Rangoon Lunatic Asylum 1893-1897 - 1893-1897
Year: 1893
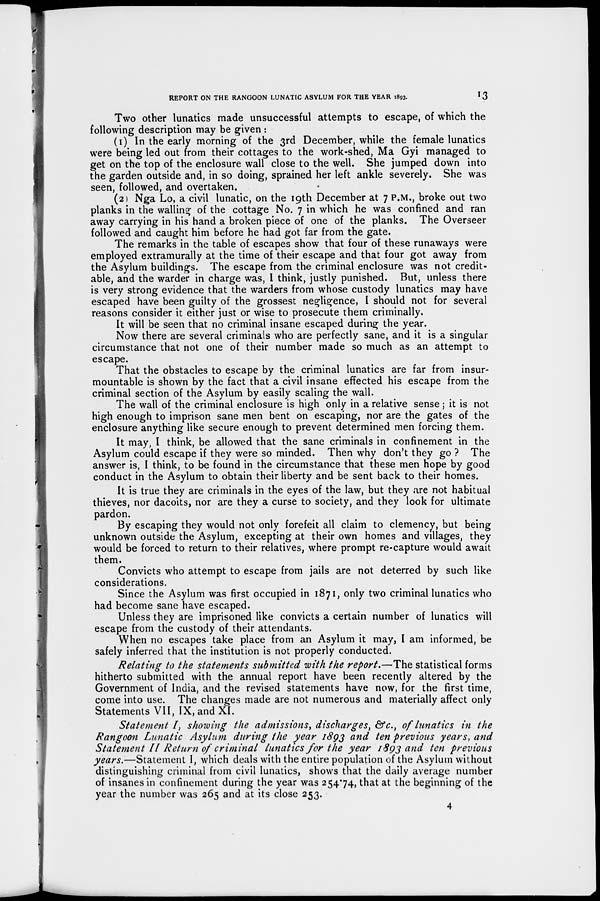
REPORT ON THE RANGOON LUNATIC ASYLUM FOR THE YEAR 1893.
13
Two other lunatics made unsuccessful attempts to escape, of which the
following description may be given :
(1) In the early morning of the 3rd December, while the female lunatics
were being led out from their cottages to the work-shed, Ma Gyi managed to
get on the top of the enclosure wall close to the well. She jumped down into
the garden outside and, in so doing, sprained her left ankle severely. She was
seen, followed, and overtaken.
(2) Nga Lo, a civil lunatic, on the 19th December at 7 P.M., broke out two
planks in the walling of the cottage No. 7 in which he was confined and ran
away carrying in his hand a broken piece of one of the planks. The Overseer
followed and caught him before he had got far from the gate.
The remarks in the table of escapes show that four of these runaways were
employed extramurally at the time of their escape and that four got away from
the Asylum buildings. The escape from the criminal enclosure was not credit-
able, and the warder in charge was, I think, justly punished. But, unless there
is very strong evidence that the warders from whose custody lunatics may have
escaped have been guilty of the grossest negligence, I should not for several
reasons consider it either just or wise to prosecute them criminally.
It will be seen that no criminal insane escaped during the year.
Now there are several criminals who are perfectly sane, and it is a singular
circumstance that not one of their number made so much as an attempt to
escape.
That the obstacles to escape by the criminal lunatics are far from insur-
mountable is shown by the fact that a civil insane effected his escape from the
criminal section of the Asylum by easily scaling the wall.
The wall of the criminal enclosure is high only in a relative sense; it is not
high enough to imprison sane men bent on escaping, nor are the gates of the
enclosure anything like secure enough to prevent determined men forcing them.
It may, I think, be allowed that the sane criminals in confinement in the
Asylum could escape if they were so minded. Then why don't they go ? The
answer is, I think, to be found in the circumstance that these men hope by good
conduct in the Asylum to obtain their liberty and be sent back to their homes.
It is true they are criminals in the eyes of the law, but they are not habitual
thieves, nor dacoits, nor are they a curse to society, and they look for ultimate
pardon.
By escaping they would not only forefeit all claim to clemency, but being
unknown outside the Asylum, excepting at their own homes and villages, they
would be forced to return to their relatives, where prompt re-capture would await
them.
Convicts who attempt to escape from jails are not deterred by such like
considerations.
Since the Asylum was first occupied in 1871, only two criminal lunatics who
had become sane have escaped.
Unless they are imprisoned like convicts a certain number of lunatics will
escape from the custody of their attendants.
When no escapes take place from an Asylum it may, I am informed, be
safely inferred that the institution is not properly conducted.
Relating to the statements submitted with the report.—The statistical forms
hitherto submitted with the annual report have been recently altered by the
Government of India, and the revised statements have now, for the first time,
come into use. The changes made are not numerous and materially affect only
Statements VII, IX, and XI.
Statement I, showing the admissions, discharges, &c., of lunatics in the
Rangoon Lunatic Asylum during the year 1893 and ten previous years, and
Statement II Return of criminal lunatics for the year 1893 and ten previous
years.—Statement I, which deals with the entire population of the Asylum without
distinguishing criminal from civil lunatics, shows that the daily average number
of insanes in confinement during the year was 254.74, that at the beginning of the
year the number was 265 and at its close 253.
4